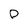
Character: D